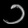
Digit: ၁